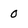
Character: O